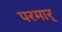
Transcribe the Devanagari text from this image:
परमार्